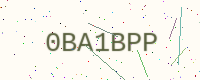
Text: 0BA1BPP